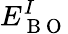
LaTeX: E_{\mathrm{~B~O~}}^{I}